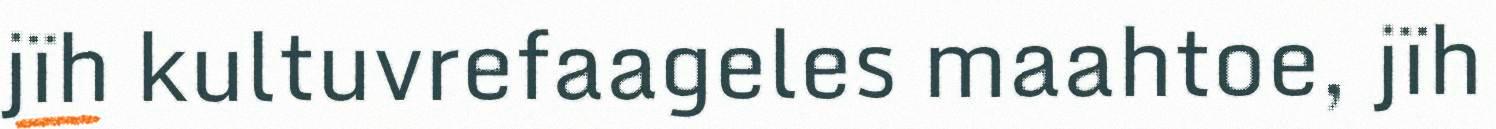
jïh kultuvrefaageles maahtoe, jïh